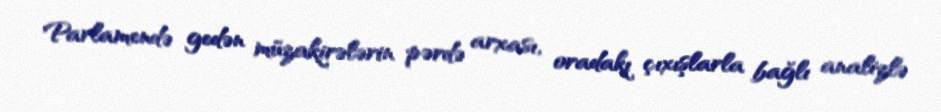
Parlamendə gedən müzakirələrin pərdə arxası, oradakı çıxışlarla bağlı analizlə